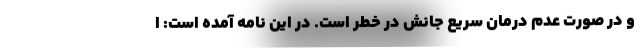
و در صورت عدم درمان سریع جانش در خطر است. در این نامه آمده است: ا